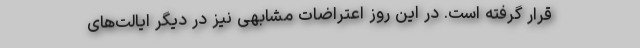
قرار گرفته است. در این روز اعتراضات مشابهی نیز در دیگر ایالت‌های